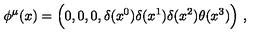
\phi ^ { \mu } ( x ) = \Bigl ( 0 , 0 , 0 , \delta ( x ^ { 0 } ) \delta ( x ^ { 1 } ) \delta ( x ^ { 2 } ) \theta ( x ^ { 3 } ) \Bigr ) \ ,